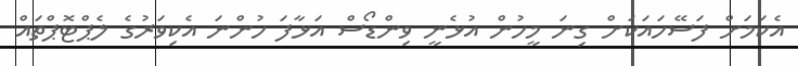
އެކަމަށް ފަސޭހައަކަށް ގިނަ މީހުން އުޅެނީ ވިންޑޯސް އަޅާފަ ހުންނަ އެކިވަރުގެ ލެޕްޓޮޕްތައް